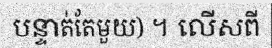
បន្ទាត់តែមួយ) ។ លើសពី